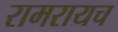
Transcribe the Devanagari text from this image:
रामरायच